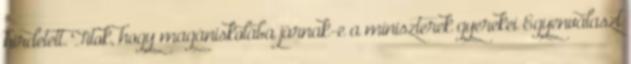
hirdetett. Titok, hogy magániskolába járnak-e a miniszterek gyerekei Egyenválaszt